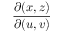
\frac { \partial ( x , z ) } { \partial ( u , v ) }